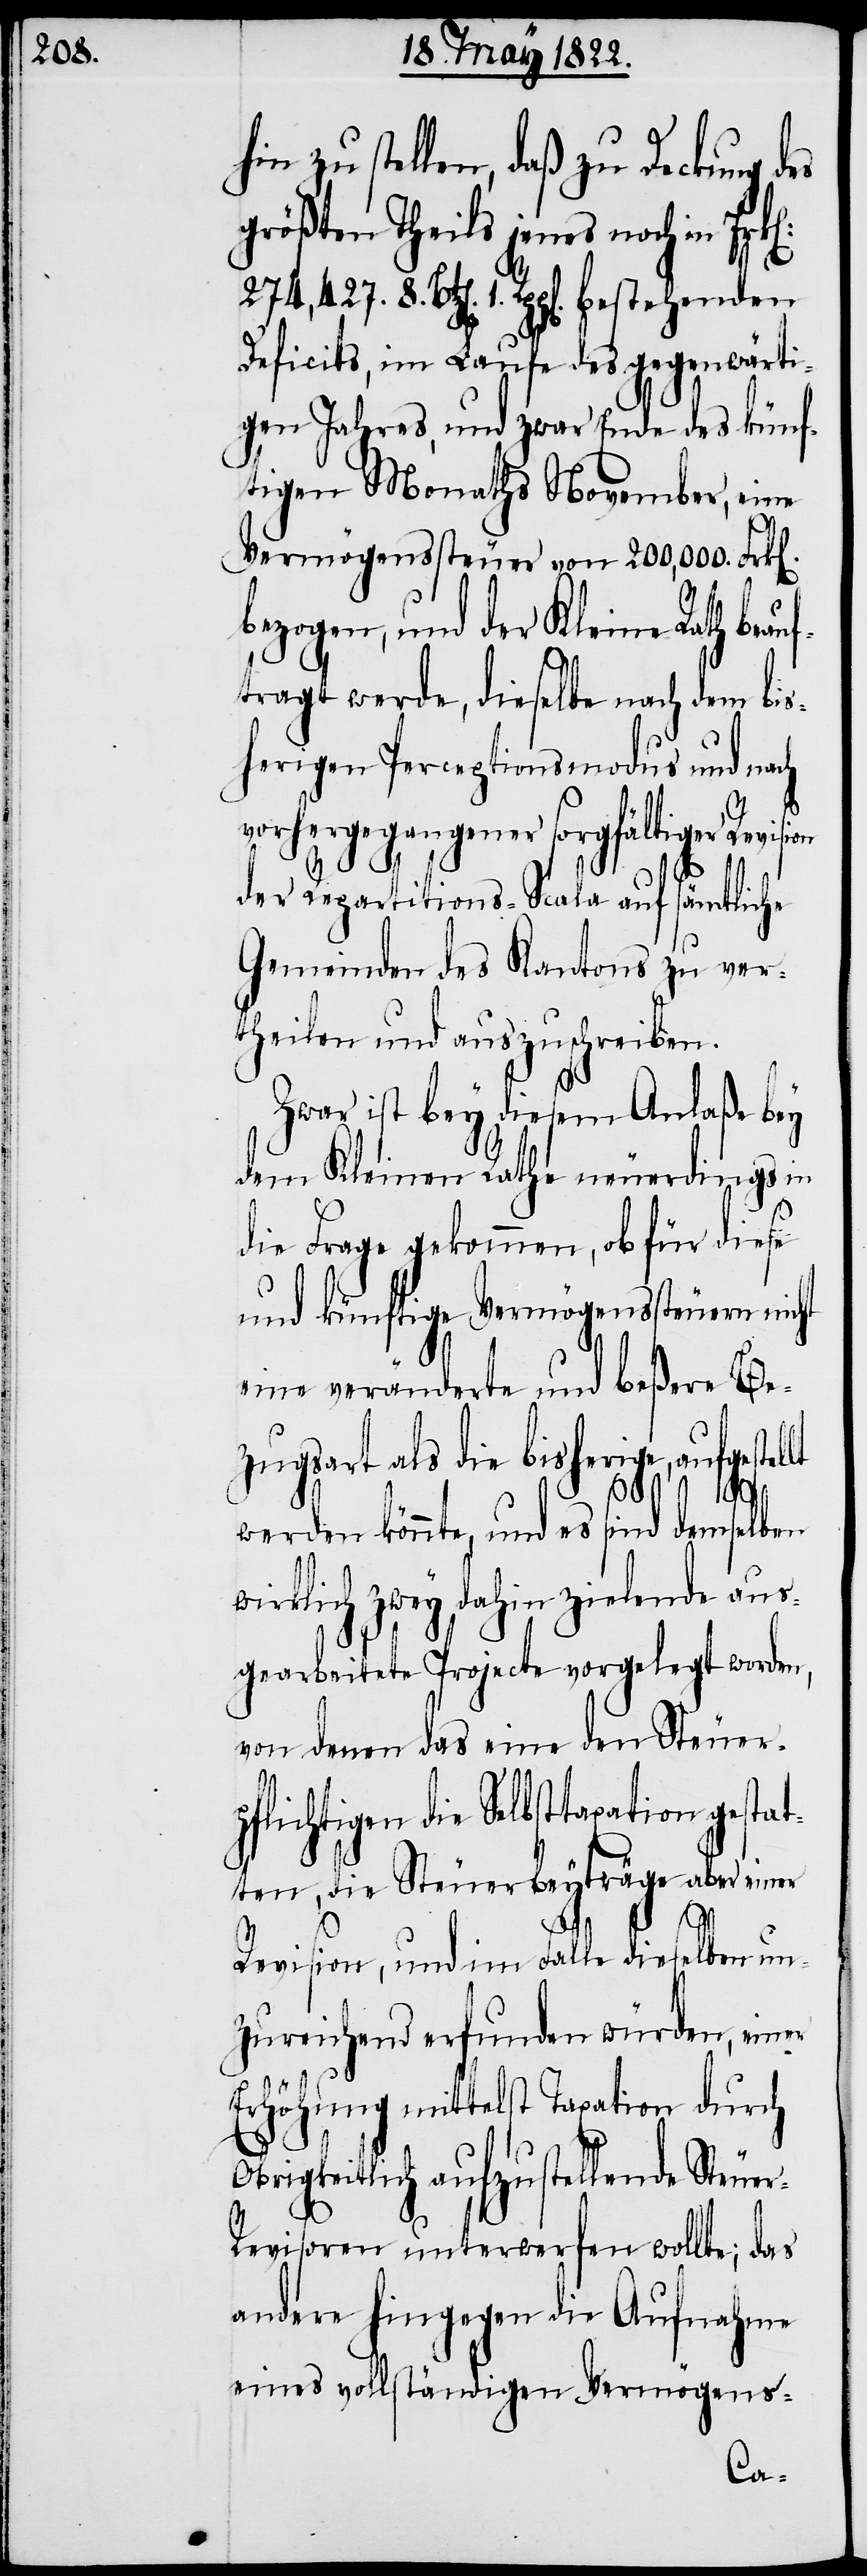
in zu stellen, daß zu Deckung d¬
größten Theils jenes noch in
1. Rpp[en]. bestehenden
Deficits, im Laufe des gegenwärti¬
gen Jahres, und zwar Ende des künf¬
tigen Monaths November, eine
Vermögenssteuer von 200,000. Frk[e¬
bezogen, und der Kleine Rath beau¬
ftragt werde, dieselbe nach dem bis¬
herigen Perceptionsmodus und nach
vorhergegangener sorgfältiger Revisi¬
der Repartitions-Scala auf sämtliche
Gemeinden des Kantons zu ver¬
theilen und auszuschreiben.
Zwar ist bey diesem Anlaße bey
dem Kleinen Rathe neuerdings in
die Frage gekommen, ob für diese
und künftige Vermögenssteuern nicht
eine veränderte und beßere Be¬
zugsart als die bisherige, aufgestel¬
werden könnte, und es sind demselben
wirklich zwey dahin zielende aus¬
gearbeitete Projecte vorgelegt worden,
von denen das eine den Steuer¬
pflichtigen die Selbsttaxation ges¬
ten, die Steuerbeyträge aber einer
o¬
Revision, und im Falle dieselben un¬
zureichend erfunden würden, ein¬
Erhöhung mittelst Taxation durch
brigkeitlich aufzustellende Steue¬
r-Revisoren unterwerfen wollte; das
andere hingegen die Aufnahme
eines vollständigen Vermögens-